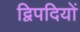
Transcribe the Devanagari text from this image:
द्विपदियों